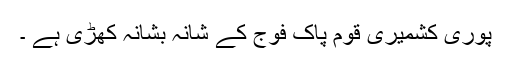
پوری کشمیری قوم پاک فوج کے شانہ بشانہ کھڑی ہے ۔